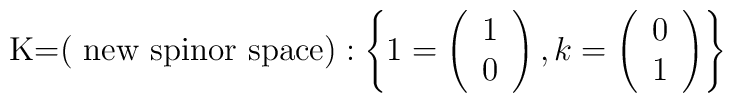
\mbox{K=( new spinor space)} :\left\{ 1= \left( \begin{array}{l} 1\\ 0  \end{array} \right), k= \left( \begin{array}{l} 0\\ 1  \end{array} \right) \right\}